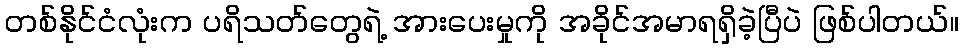
တစ်နိုင်ငံလုံးက ပရိသတ်တွေရဲ့ အားပေးမှုကို အခိုင်အမာရရှိခဲ့ပြီပဲ ဖြစ်ပါတယ်။